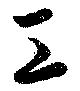
工